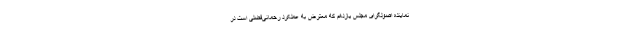
نماینده اصولگرای مجلس یازدهم که معترض به عملکرد رحمانی‌فضلی است در